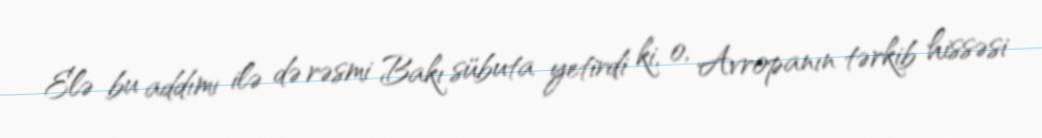
Elə bu addımı ilə də rəsmi Bakı sübuta yetirdi ki, o, Avropanın tərkib hissəsi